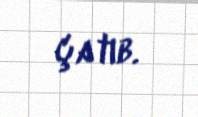
çatıb.